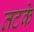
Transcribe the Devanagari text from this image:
तटके